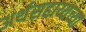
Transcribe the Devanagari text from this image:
अर्थसहाय्यच्या